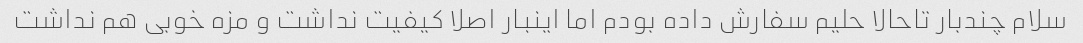
سلام چندبار تاحالا حلیم سفارش داده بودم اما اینبار اصلا کیفیت نداشت و مزه خوبی هم نداشت